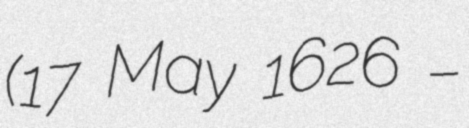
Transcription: (17 May 1626 –